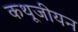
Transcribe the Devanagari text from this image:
कथूजीयन